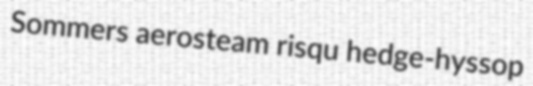
Sommers aerosteam risqu hedge-hyssop